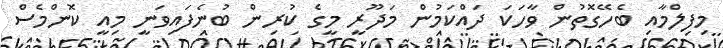
މިފިލްމާއި ބެހޭގޮތުން ވާހަކަ ދައްކަމުން މަދޫރީ މީގެ ކުރިން ބުނެފައިވަނީ މިއީ ކޮންމެސް